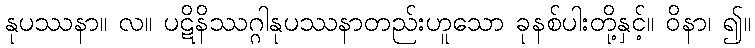
နုပဿနာ။ လ။ ပဋိနိဿဂ္ဂါနုပဿနာတည်းဟူသော ခုနစ်ပါးတို့နှင့်။ ဝိနာ၊ ၍။